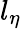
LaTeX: l_{\eta}